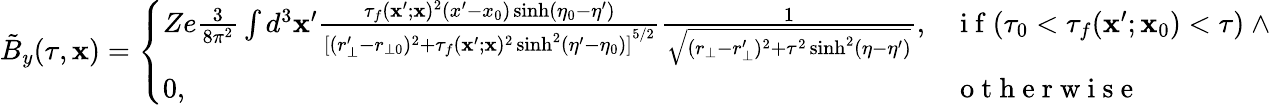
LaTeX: \tilde{B}_{y}(\tau,\mathbf{x})=\left\{ \begin{array}{ll}{Ze\frac{3}{8\pi^{2}}\int d^{3}\mathbf{x}^{\prime}\frac{\tau_{f}(\mathbf{x}^{\prime};\mathbf{x})^{2}(x^{\prime}-x_{0})\sinh(\eta_{0}-\eta^{\prime})}{{[(r_{\bot}^{\prime}-r_{\bot 0})^{2}+\tau_{f}(\mathbf{x}^{\prime};\mathbf{x})^{2}\sinh^{2}(\eta^{\prime}-\eta_{0})]}^{5/2}}\frac{1}{\sqrt{(r_{\bot}-r_{\bot}^{\prime})^{2}+\tau^{2}\sinh^{2}(\eta-\eta^{\prime})}},}&{\mathrm{~i~f~}(\tau_{0}<\tau_{f}(\mathbf{x}^{\prime};\mathbf{x}_{0})<\tau)~\land}\\ {0,}&{\mathrm{~o~t~h~e~r~w~i~s~e~}}\end{array}\right.